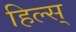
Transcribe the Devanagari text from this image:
हिल्स्